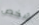
شخص